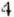
4